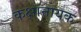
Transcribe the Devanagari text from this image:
कक्षानायक